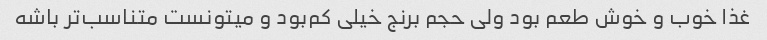
غذا خوب و خوش طعم بود ولی حجم برنج خیلی کم‌بود و میتونست متناسب‌تر باشه